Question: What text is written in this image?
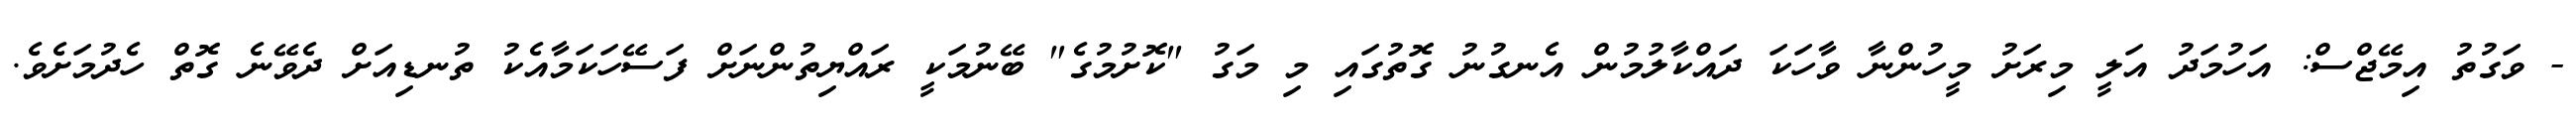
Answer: - ވަގުތު އިމޭޖްސް: އަހުމަދު އަލީ މިރަށު މީހުންނާ ވާހަކަ ދައްކާލުމުން އެނގުނު ގޮތުގައި މި މަގު "ކޮށުމުގެ" ބޭނުމަކީ ރައްޔިތުންނަށް ފަސޭހަކަމާއެކު ތުނޑިއަށް ދެވޭނެ ގޮތް ހެދުމަށެވެ.